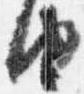
由